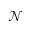
\mathcal { N }